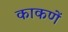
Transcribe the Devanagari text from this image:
काकणें